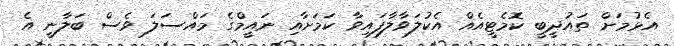
އެޅުމަށް ތައުދީބީ ކޮމެޓީއެއް އެކުލަވާލާފައިވާ ކަމަށާއި ނައީމްގެ މައްސަލަ ވެސް ބަލާނީ އެ